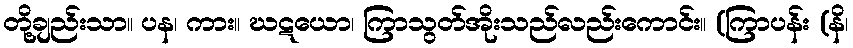
တို့ချည်းသာ။ ပန၊ ကား။ ဃဋယော၊ ကြာသွတ်အိုးသည်လည်းကောင်း။ (ကြာပန်း (နိ၊